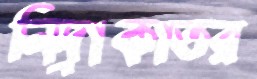
নিদ্রাকাতর